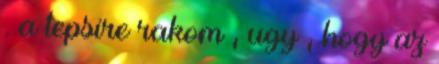
. a tepsire rakom , ugy , hogy az